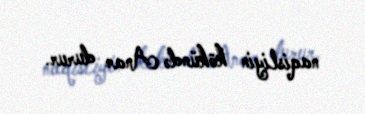
naqisliyin kökündə Anar durur.